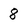
Character: 8